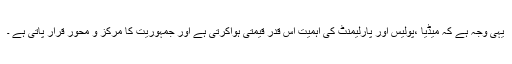
یہی وجہ ہے کہ میڈیا ،پولیس اور پارلیمنٹ کی اہمیت اس قدر قیمتی ہواکرتی ہے اور جمہوریت کا مرکز و محور قرار پاتی ہے ۔